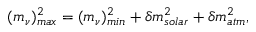
( m _ { \nu } ) _ { m a x } ^ { 2 } = ( m _ { \nu } ) _ { m i n } ^ { 2 } + \delta m _ { s o l a r } ^ { 2 } + \delta m _ { a t m } ^ { 2 } ,